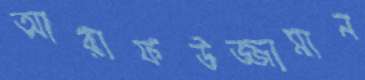
আরাফউজ্জামান